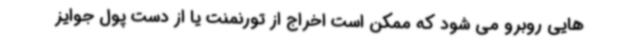
هایی روبرو می شود که ممکن است اخراج از تورنمنت یا از دست پول جوایز